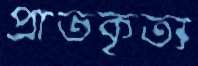
প্রাতকৃত্য